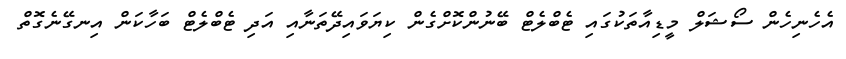
އެހެނިހެން ސޯޝަލް މީޑިއާތަކުގައި ޓެބްލެޓް ބޭނުންކޮށްގެން ކިޔަވައިދޭތަނާއި އަދި ޓެބްލެޓް ބަހާކަން އިނގޭނެގޮތް